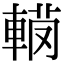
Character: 𨍅